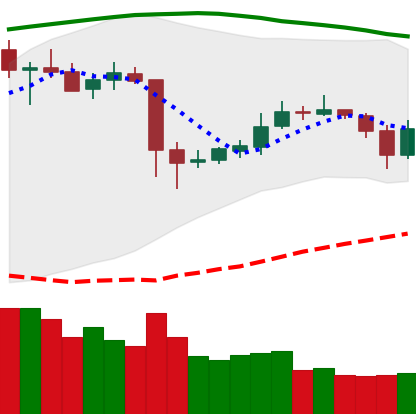
Ticker: ETC-USD
Chart end date: 2020-05-22
Forward return: 4.848%
Label: up_3_5